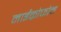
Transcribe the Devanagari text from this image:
माईक्रोफोन